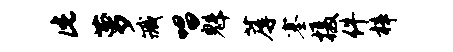
此萝臧唱魁蓐塞摄件梓